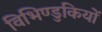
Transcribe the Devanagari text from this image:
विभिण्डुकियों